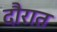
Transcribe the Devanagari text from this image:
दौरात